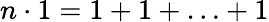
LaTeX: n\cdot 1=1+1+\ldots+1